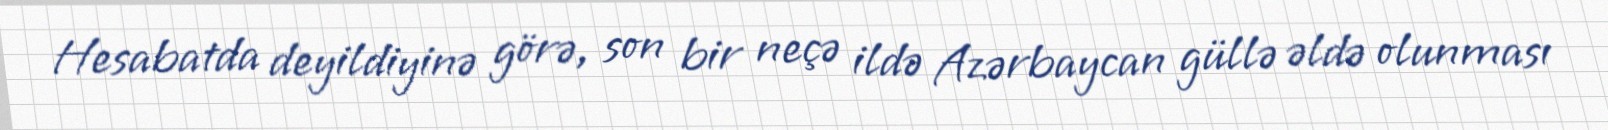
Hesabatda deyildiyinə görə, son bir neçə ildə Azərbaycan güllə əldə olunması